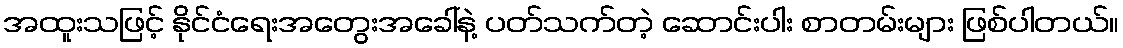
အထူးသဖြင့် နိုင်ငံရေးအတွေးအခေါ်နဲ့ ပတ်သက်တဲ့ ဆောင်းပါး စာတမ်းများ ဖြစ်ပါတယ်။